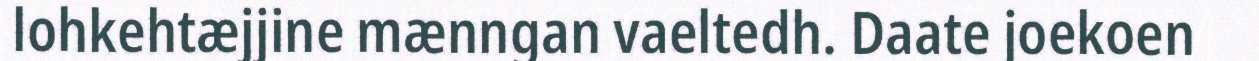
lohkehtæjjine mænngan vaeltedh. Daate joekoen